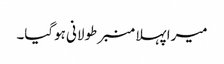
میرا پہلا منبر طولانی ہوگیا۔